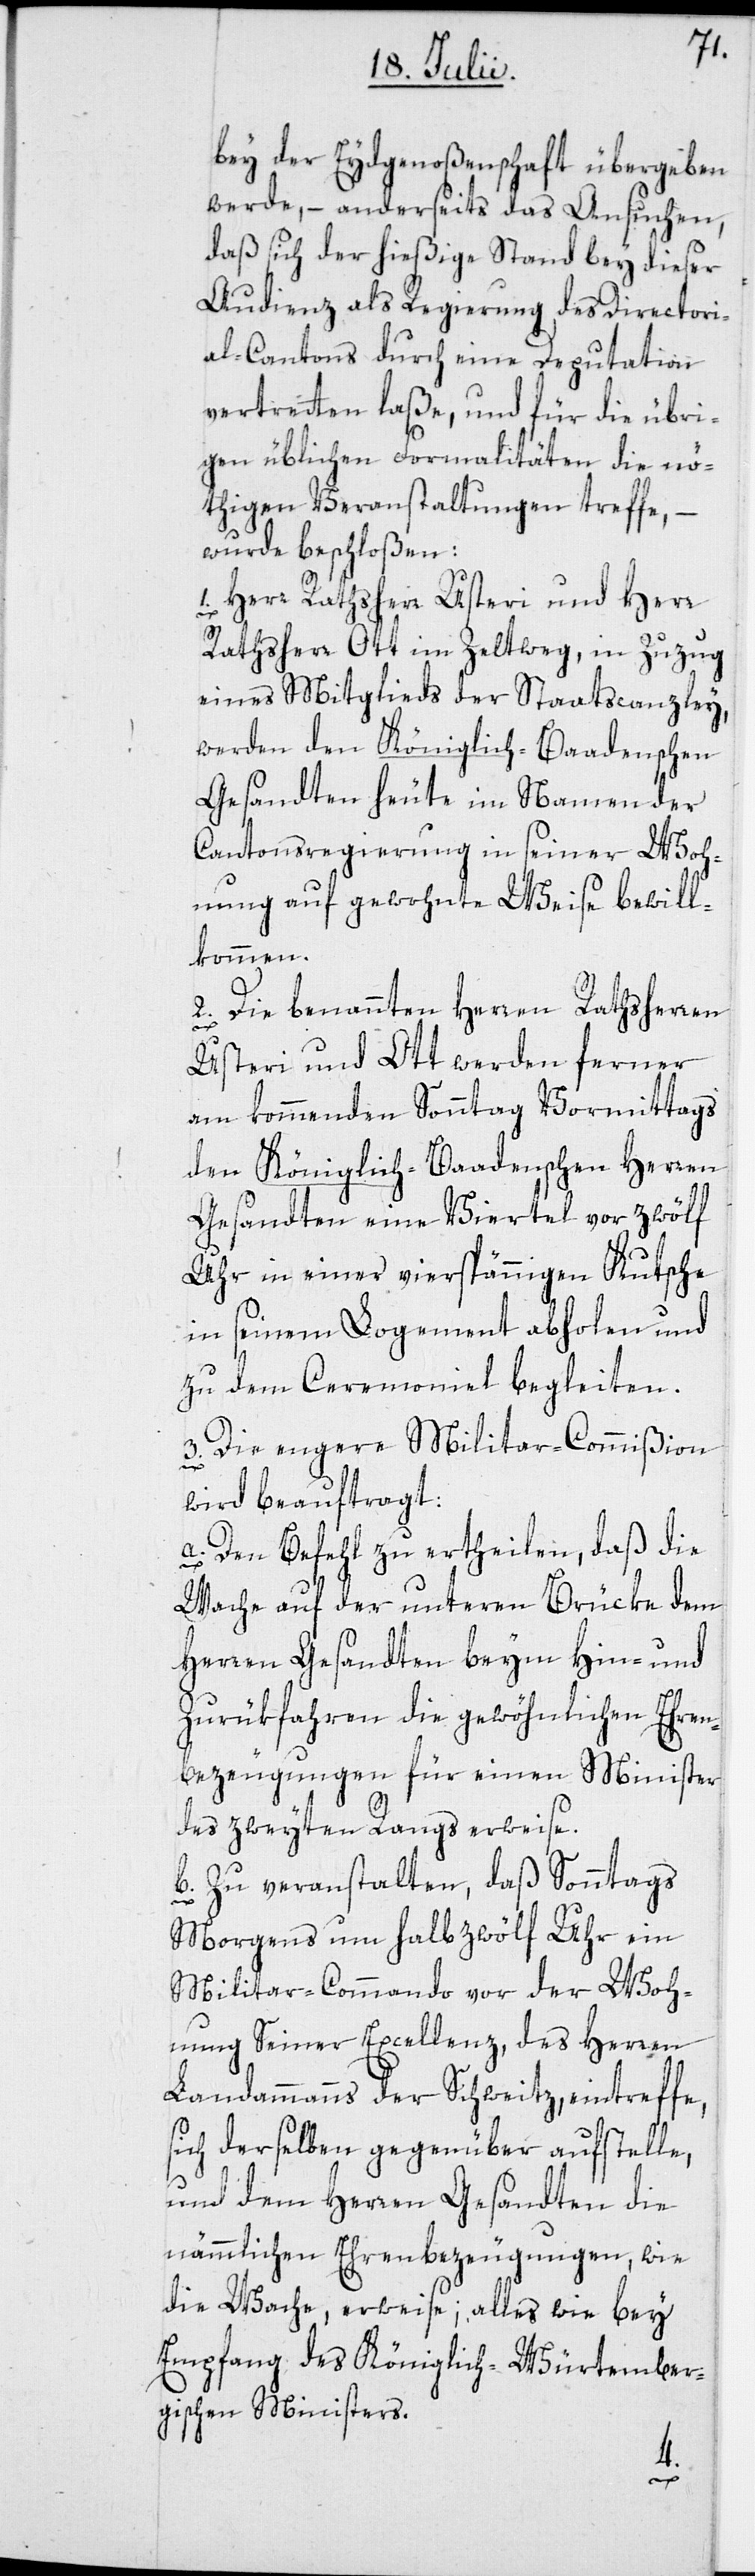
bey der Eydgenoßenschaft übergeben
werde, – anderseits das Ansuchen,
daß sich der hießige Stand bey dieser
Audienz als Regierung des Directori¬
al-Cantons durch eine Deputation
vertretten laße, und für die übri¬
gen üblichen Formalitäten die nö¬
thigen Veranstaltungen treffe, –
wurde beschloßen:
1. Herr Rathsherr Usteri und Herr
Rathsherr Ott im Zeltweg, in Zuzug
eines Mitglieds der Staatscanzley,
werden den Königlich-Baadenschen
Gesandten heute im Namen der
Cantonsregierung in seiner Woh¬
nung auf gewohnte Weise bewill¬
kommen.
2. Die benannten Herren Rathsherren
Usteri und Ott werden ferner
am kommenden Sonntag Vormittags
den Königlich-Baadenschen Herren
Gesandten eine Viertel vor zwölf
Uhr in einer vierspännigen Kutsche
in seinem Logement abholen und
zu dem Ceremoniel begleiten.
3. Die engere Militar-Commißion
wird beauftragt:
a. Den Befehl zu ertheilen, daß die
Wache auf der unteren Brücke dem
Herren Gesandten beym Hin- und
Zurükfahren die gewöhnlichen Ehren¬
bezeugungen für einen Minister
des zweyten Rangs erweise.
b. Zu veranstalten, daß Sonntags
Morgens um halb zwölf Uhr ein
Militar-Commando vor der Woh¬
nung Seiner Excellenz, des Herren
Landammanns der Schweitz, eintreffe,
sich derselben gegenüber aufstelle,
und dem Herren Gesandten die
nämmlichen Ehrenbezeugungen, wie
die Wache, erweise; alles wie bey
Empfang des Königlich-Würtember¬
gischen Ministers.